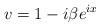
LaTeX: \begin{align*} v = 1 - i \beta e^{ix} \end{align*}